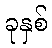
ခုနှစ်